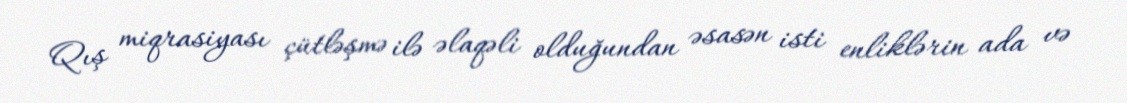
Qış miqrasiyası çütləşmə ilə əlaqəli olduğundan əsasən isti enliklərin ada və